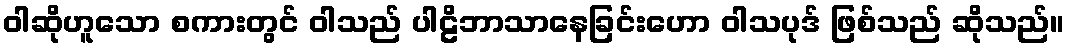
ဝါဆိုဟူသော စကားတွင် ဝါသည် ပါဠိဘာသာနေခြင်းဟော ဝါသပုဒ် ဖြစ်သည် ဆိုသည်။